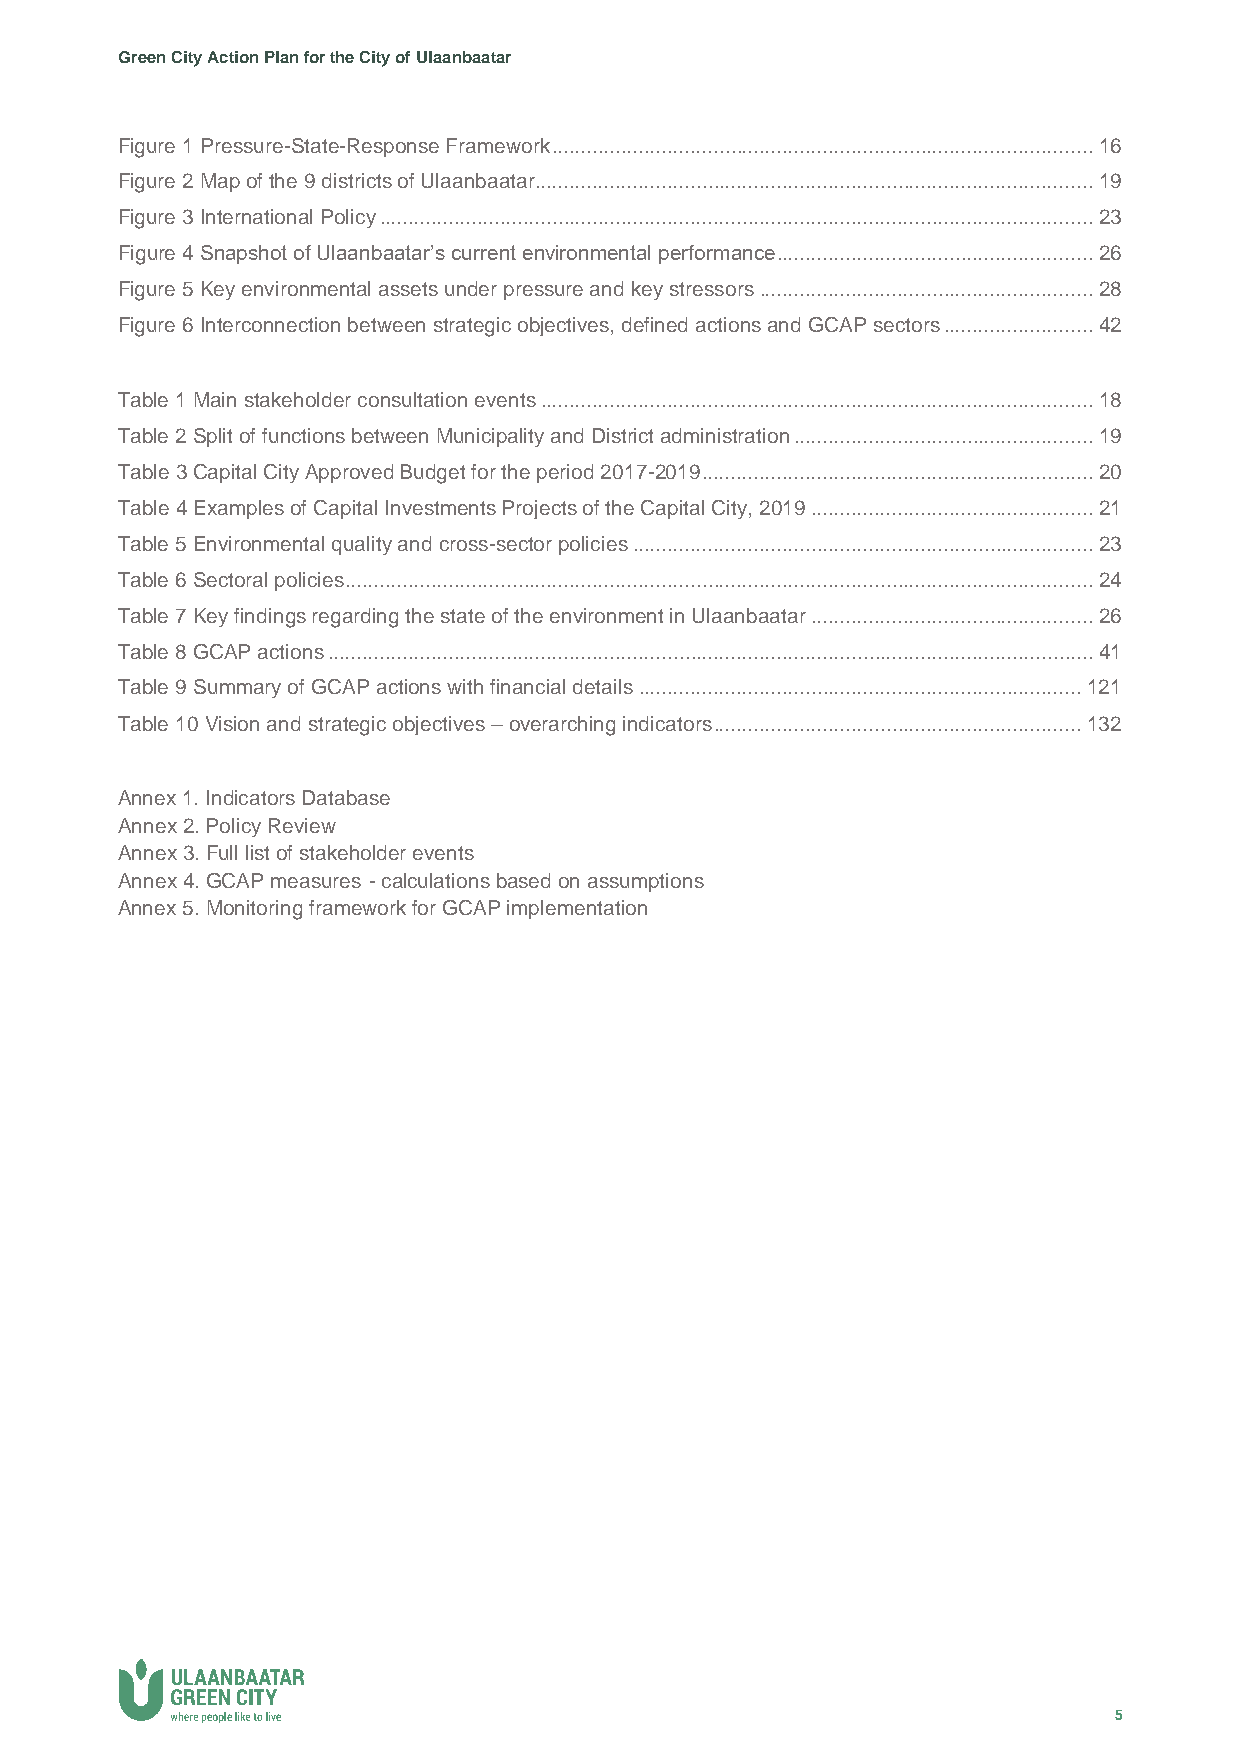
Green City Action Plan for the City of Ulaanbaatar
 Figure 1 Pressure-State-Response Framework .............................................................................................. 16
 Figure 2 Map of the 9 districts of Ulaanbaatar................................................................................................. 19
 Figure 3 International Policy ............................................................................................................................ 23
 Figure 4 Snapshot of Ulaanbaatar’s current environmental performance ....................................................... 26
 Figure 5 Key environmental assets under pressure and key stressors .......................................................... 28
 Figure 6 Interconnection between strategic objectives, defined actions and GCAP sectors .......................... 42
 Table 1 Main stakeholder consultation events ................................................................................................ 18
 Table 2 Split of functions between Municipality and District administration .................................................... 19
 Table 3 Capital City Approved Budget for the period 2017-2019 .................................................................... 20
 Table 4 Examples of Capital Investments Projects of the Capital City, 2019 ................................................. 21
 Table 5 Environmental quality and cross-sector policies ................................................................................ 23
 Table 6 Sectoral policies.................................................................................................................................. 24
 Table 7 Key findings regarding the state of the environment in Ulaanbaatar ................................................. 26
 Table 8 GCAP actions ..................................................................................................................................... 41
 Table 9 Summary of GCAP actions with financial details ............................................................................. 121
 Table 10 Vision and strategic objectives – overarching indicators ................................................................ 132
 Annex 1. Indicators Database
 Annex 2. Policy Review
 Annex 3. Full list of stakeholder events
 Annex 4. GCAP measures - calculations based on assumptions
 Annex 5. Monitoring framework for GCAP implementation
 5